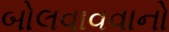
બોલવાવવાનો